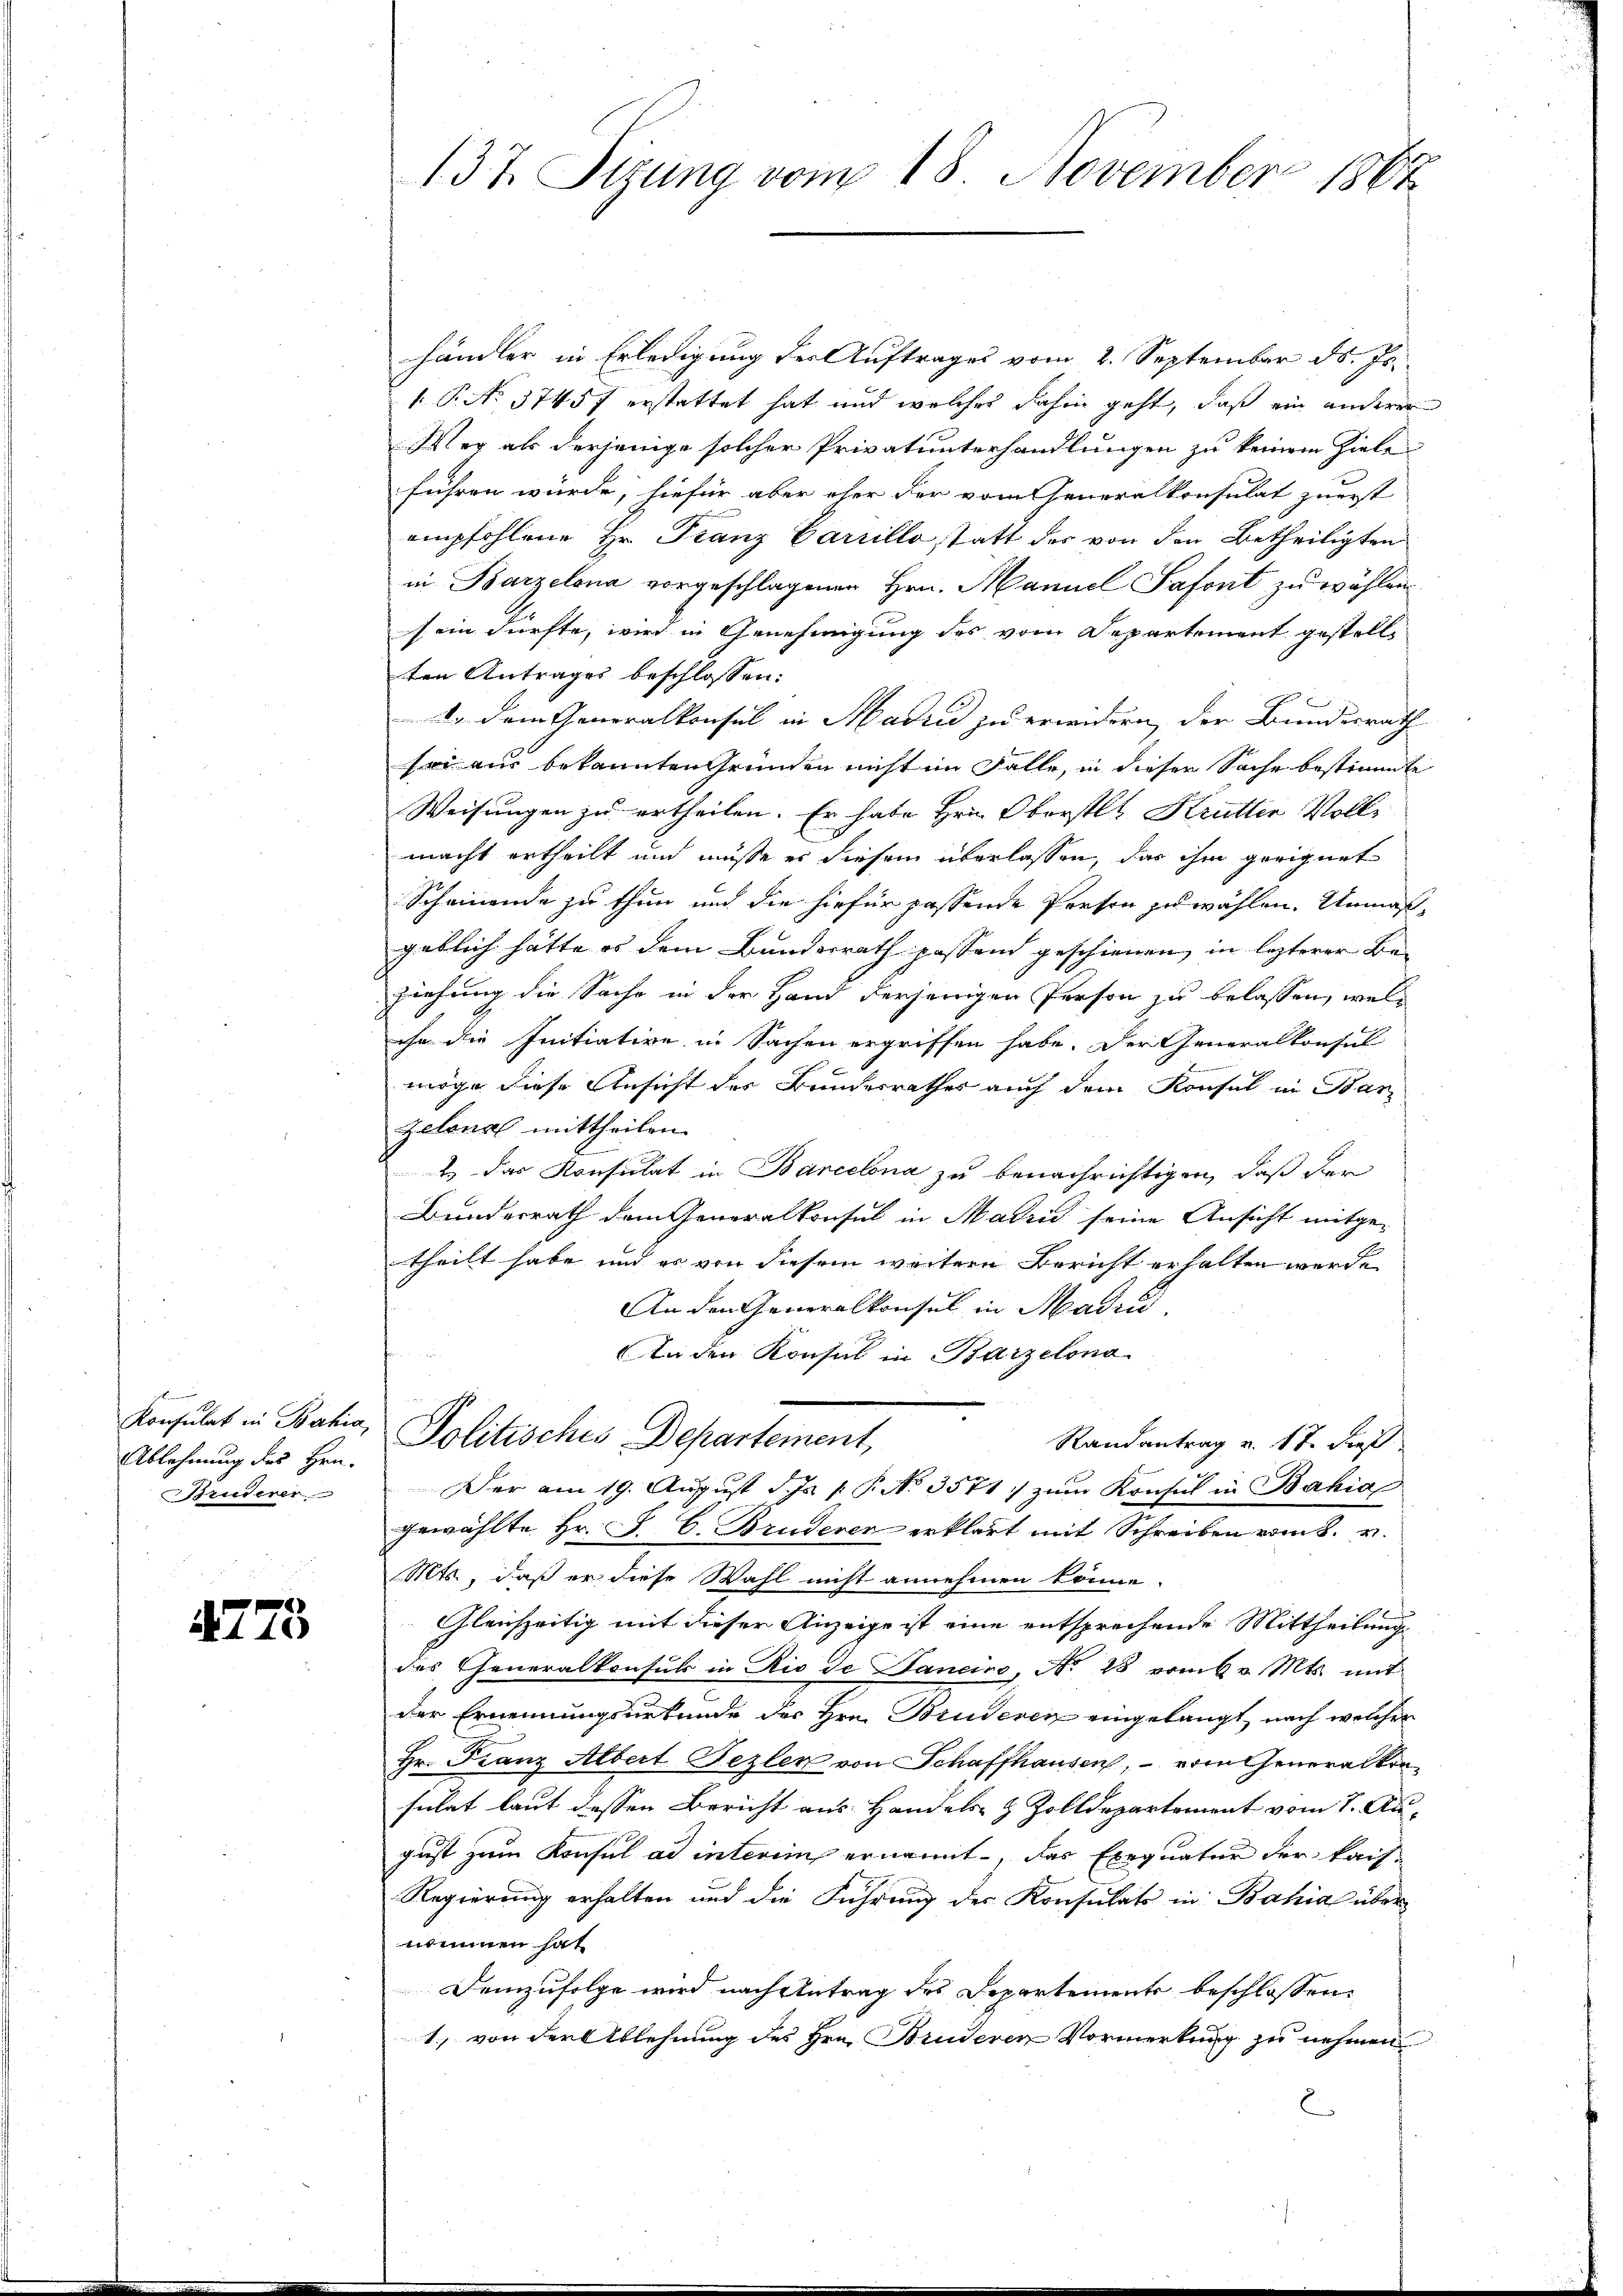
Konsulat in Bahia,
Ablehnung des Hrn.
Bruderer

1775

137. Sitzung vom 18. November 1867

händler in Erledigung der Auftrages vom 2. September d. Js.
1 P. No. 3745f erstattet hat und welches dahin geht, daß ein anderer
Wer als derjenige solcher Privatunterhandlungen zu keinem Ziele
führen würde, hiefür aber eher der vom Generalkonsulat zuerst |
empfohlene Hr. Franz Carrillo statt der von den Betheiligten
in Parzelona vorgeschlagenen Hrn. Manuel Safont zu wählen.
sein dürfte, wird in Genehmigung des vom Departement gestelle
ten Antrages beschlossen:
I. dem Generalkonsul in Hadzić zu erwidern, der Bundesrath
sei aus bekannten Gründen nicht im Falle, in dieser Sache bestimmte
Weisungen zu ertheilen. Er habe Hrn. Oberstl. Kruttin Volle
macht ertheilt und müsse es diesem überlassen, das ihm geeignet
Scheinende zu thun und die hiefür passende Person zu wählen. Unmaßgeblich hätte es dem Bundesrath passend geschienen, in lezterer Beziehung die Sache in der Hand derjenigen Person zu belassen, welihn die Initiative in Sachen ergriffen habe. Der Generalkonsul
möge diese Ansicht der Bundesrathes auch dem Konsul in Barzelona mittheilen.
1
 das Konsulat in Barcelona zu benachrichtigen, daß der
Bundesrath dem Generalkonsul in Madrid seine Ansicht mitge-
theilt habe und es von diesem weitere Bericht erhalten werde.
An den Generalkonsul in Madrid
An den Konsul in Barzelono
Politisches Departement,
Randantrag v. 17. dieß
Der am 19. August d. Js. v. P. No 3571. zum Konsul in Bahia
gewählte Hr. J. C. Bruderer erklärt mit Schreiben vom 8. v.
Mts., daß er diese Wahl nicht annehmen könne.
Gleichzeitig mit dieser Anzeige ist eine entsprechende Mittheilung
des Generalkonsuls in Rio de Janeiro, No. 28 vom 6 v. Mts. mit
der Ernennungsurkunde des Hrn. Bruderen eingelangt, nach welcher
Hr. Franz Albert Fezler von Schaffhausen, – vom Generalkonsulat laut dessen Bericht aus Handels- & Zolldepartement vom 7. August zum Konsul ad interim ernannt, das Exequatur der kais
Regierung erhalten und die Führung der Konsulats in Bahia über
nommen hat
Demzufolge wird nach Antrag des Departements beschlossen:
1., von der Ablehnung des Hrn. Bruderen Vormerkung zu nehmen
E